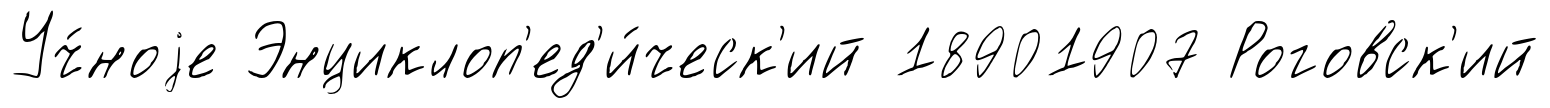
Уч́ноjе Энциклоп'ед'и́ческ'ий 18901907 Роговск'ий